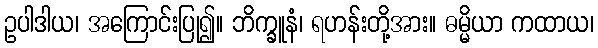
ဥပါဒါယ၊ အကြောင်းပြု၍။ ဘိက္ခူနံ၊ ရဟန်းတို့အား။ ဓမ္မိယာ ကထာယ၊